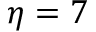
\eta = 7